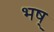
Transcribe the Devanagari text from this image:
भष्